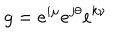
g = e ^ { i \mu } e ^ { j \theta } e ^ { k \nu }